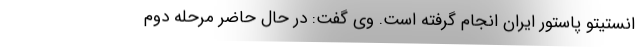
انستیتو پاستور ایران انجام گرفته است. وی گفت: در حال حاضر مرحله دوم